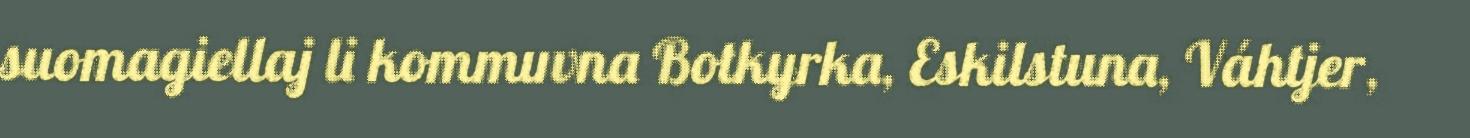
suomagiellaj li kommuvna Botkyrka, Eskilstuna, Váhtjer,